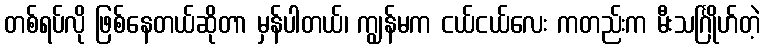
တစ်ရပ်လို ဖြစ်နေတယ်ဆိုတာ မှန်ပါတယ်၊ ကျွန်မက ငယ်ငယ်လေး ကတည်းက မီးသင်္ဂြိုဟ်တဲ့